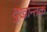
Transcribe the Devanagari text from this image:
दुखान्तक